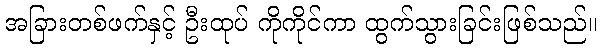
အခြားတစ်ဖက်နှင့် ဦးထုပ် ကိုကိုင်ကာ ထွက်သွားခြင်းဖြစ်သည်။